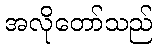
အလိုတော်သည်